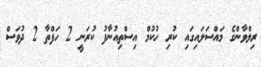
ރިލްވާންގެ މައްސަލައިގައި ކުރި ހުކުމް އިސްތިއުނާފު ކުރަނީ 2 ހަފްތާ 2 ދުވަސް